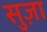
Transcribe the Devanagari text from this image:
सुज़ा